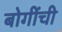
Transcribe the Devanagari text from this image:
बोगींची